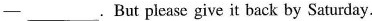
—___.But please give it back by Saturday.